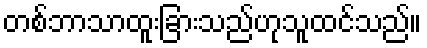
တစ်ဘာသာထူးခြားသည်ဟုသူထင်သည်။